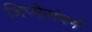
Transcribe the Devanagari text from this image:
शिप्पेसंबर्ग